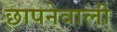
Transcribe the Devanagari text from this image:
छापनेवाली